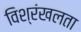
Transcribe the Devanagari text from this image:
विश्रंखलता